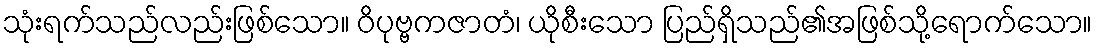
သုံးရက်သည်လည်းဖြစ်သော။ ဝိပုဗ္ဗကဇာတံ၊ ယိုစီးသော ပြည်ရှိသည်၏အဖြစ်သို့ရောက်သော။